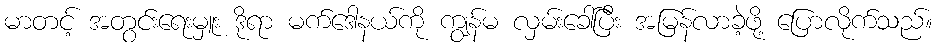
မာတင့် အတွင်းရေးမှူး ဒိုရာ မက်ဒေါနယ်ကို ကျွန်မ လှမ်းခေါ်ပြီး အမြန်လာခဲ့ဖို့ ပြောလိုက်သည်။